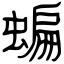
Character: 蝙